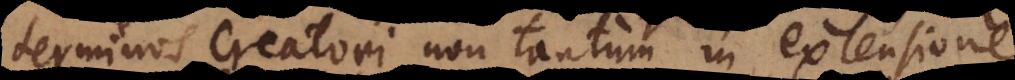
terminos Creatori non tantum in extensione,